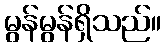
မွန်မွန်ရှိသည်။